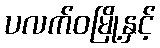
ပလက်ဝမြို့နှင့်